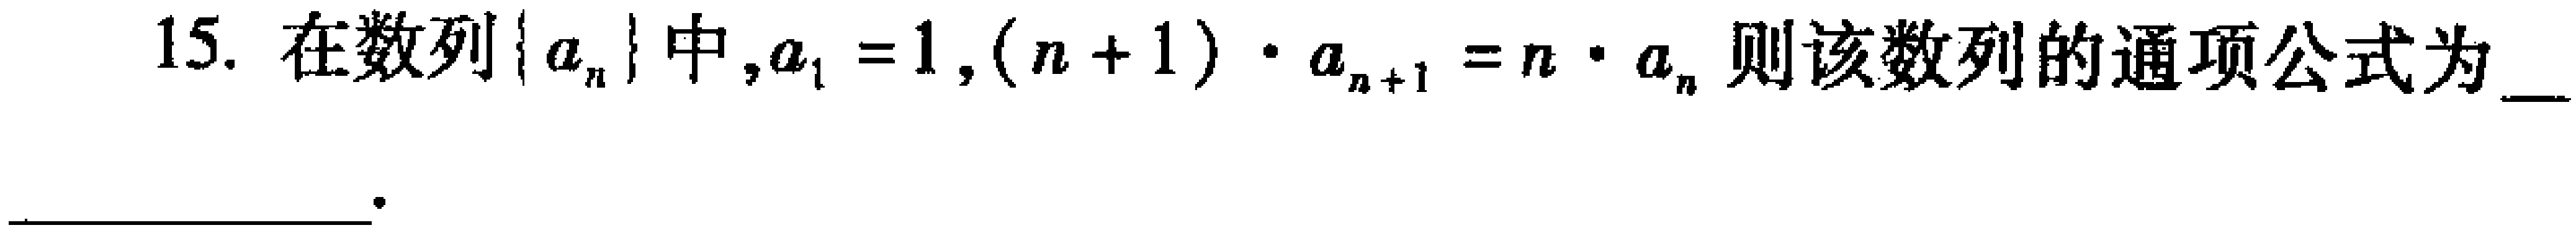
15. 在数列\(\{ a_{n}\}\)中，\(a_{1}=1\)，\((n + 1)\cdot a_{n + 1}=n\cdot a_{n}\)则该数列的通项公式为___ 。